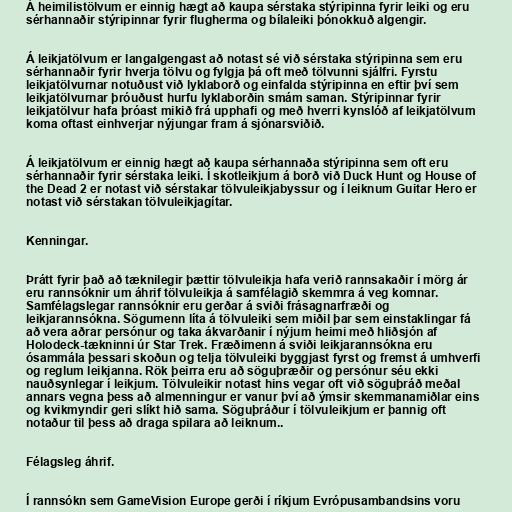
Á heimilistölvum er einnig hægt að kaupa sérstaka stýripinna fyrir leiki og eru
sérhannaðir stýripinnar fyrir flugherma og bílaleiki þónokkuð algengir.

Á leikjatölvum er langalgengast að notast sé við sérstaka stýripinna sem eru
sérhannaðir fyrir hverja tölvu og fylgja þá oft með tölvunni sjálfri. Fyrstu
leikjatölvurnar notuðust við lyklaborð og einfalda stýripinna en eftir því sem
leikjatölvurnar þróuðust hurfu lyklaborðin smám saman. Stýripinnar fyrir
leikjatölvur hafa þróast mikið frá upphafi og með hverri kynslóð af leikjatölvum
koma oftast einhverjar nýjungar fram á sjónarsviðið.

Á leikjatölvum er einnig hægt að kaupa sérhannaða stýripinna sem oft eru
sérhannaðir fyrir sérstaka leiki. Í skotleikjum á borð við Duck Hunt og House of
the Dead 2 er notast við sérstakar tölvuleikjabyssur og í leiknum Guitar Hero er
notast við sérstakan tölvuleikjagítar.

Kenningar.

Þrátt fyrir það að tæknilegir þættir tölvuleikja hafa verið rannsakaðir í mörg ár
eru rannsóknir um áhrif tölvuleikja á samfélagið skemmra á veg komnar.
Samfélagslegar rannsóknir eru gerðar á sviði frásagnarfræði og
leikjarannsókna. Sögumenn líta á tölvuleiki sem miðil þar sem einstaklingar fá
að vera aðrar persónur og taka ákvarðanir í nýjum heimi með hliðsjón af
Holodeck-tækninni úr Star Trek. Fræðimenn á sviði leikjarannsókna eru
ósammála þessari skoðun og telja tölvuleiki byggjast fyrst og fremst á umhverfi
og reglum leikjanna. Rök þeirra eru að söguþræðir og persónur séu ekki
nauðsynlegar í leikjum. Tölvuleikir notast hins vegar oft við söguþráð meðal
annars vegna þess að almenningur er vanur því að ýmsir skemmanamiðlar eins
og kvikmyndir geri slíkt hið sama. Söguþráður í tölvuleikjum er þannig oft
notaður til þess að draga spilara að leiknum..

Félagsleg áhrif.

Í rannsókn sem GameVision Europe gerði í ríkjum Evrópusambandsins voru